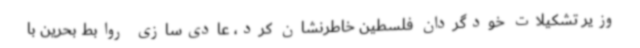
وزیر تشکیلات خودگردان فلسطین خاطرنشان کرد، عادی‌سازی روابط بحرین با